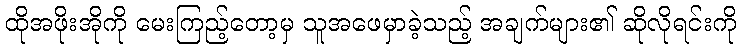
ထိုအဖိုးအိုကို မေးကြည့်တော့မှ သူအဖေမှာခဲ့သည့် အချက်များ၏ ဆိုလိုရင်းကို